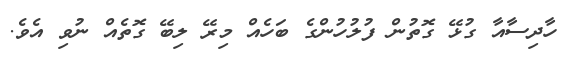
ހާދިސާއާ ގުޅޭ ގޮތުން ފުލުހުންގެ ބަހެއް މިރޭ ލިބޭ ގޮތެއް ނުވި އެވެ.